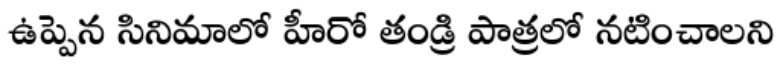
ఉప్పెన సినిమాలో హీరో తండ్రి పాత్రలో నటించాలని